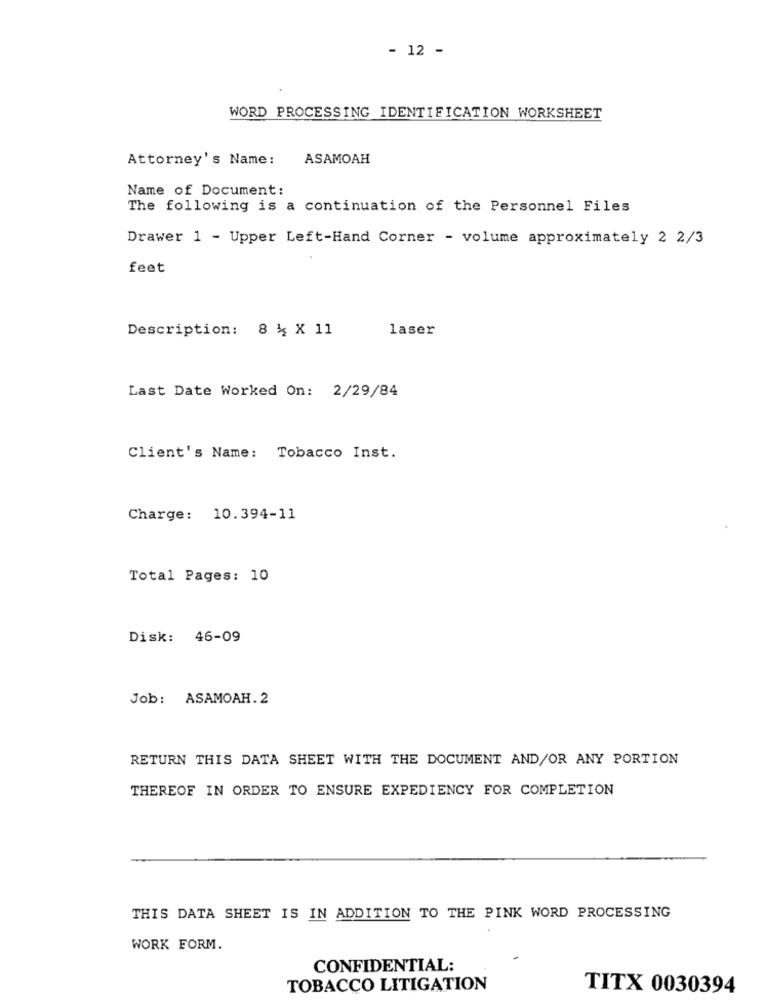
- 12 -
WORD PROCESSING IDENTIFICATION WORKSHEET
Attorney's Name:
ASAMOAH
Name of Document:
The following is a continuation of the Personnel Files
Drawer 1 - Upper Left-Hand Corner - volume approximately 2 2/3
feet
Description: 8 % X 11
laser
Last Date Worked On: 2/29/84
Client's Name: Tobacco Inst.
Charge: 10.394-11
Total Pages: 10
Disk: 46-09
Job: ASAMOAH.2
RETURN THIS DATA SHEET WITH THE DOCUMENT AND/OR ANY PORTION
THEREOF IN ORDER TO ENSURE EXPEDIENCY FOR COMPLETION
THIS DATA SHEET IS IN ADDITION TO THE PINK WORD PROCESSING
WORK FORM.
CONFIDENTIAL:
TOBACCO LITIGATION
TITX 0030394